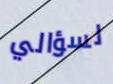
لسؤالي